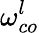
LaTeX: \omega_{co}^{l}